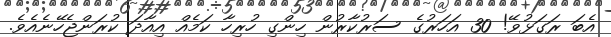
އެބަ ރަގަޅުވޭ! 30 އަހަރުގެ ސަރުކާރުން ހިންގި ހުރިހާ ކަމެއް އިއާދަ ކުރަންޖެހޭނެއެވެ.